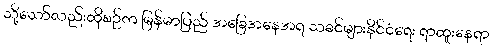
သို့သော်လည်းထိုစဉ်က မြန်မာပြည် အခြေအနေအရ သခင်များနိုင်ငံရေး ရာထူးနေရာ